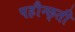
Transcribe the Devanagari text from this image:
पहौन्छ्ती